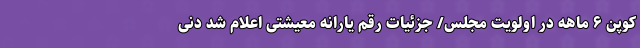
کوپن ۶ ماهه در اولویت مجلس/ جزئیات رقم یارانه معیشتی اعلام شد دنی